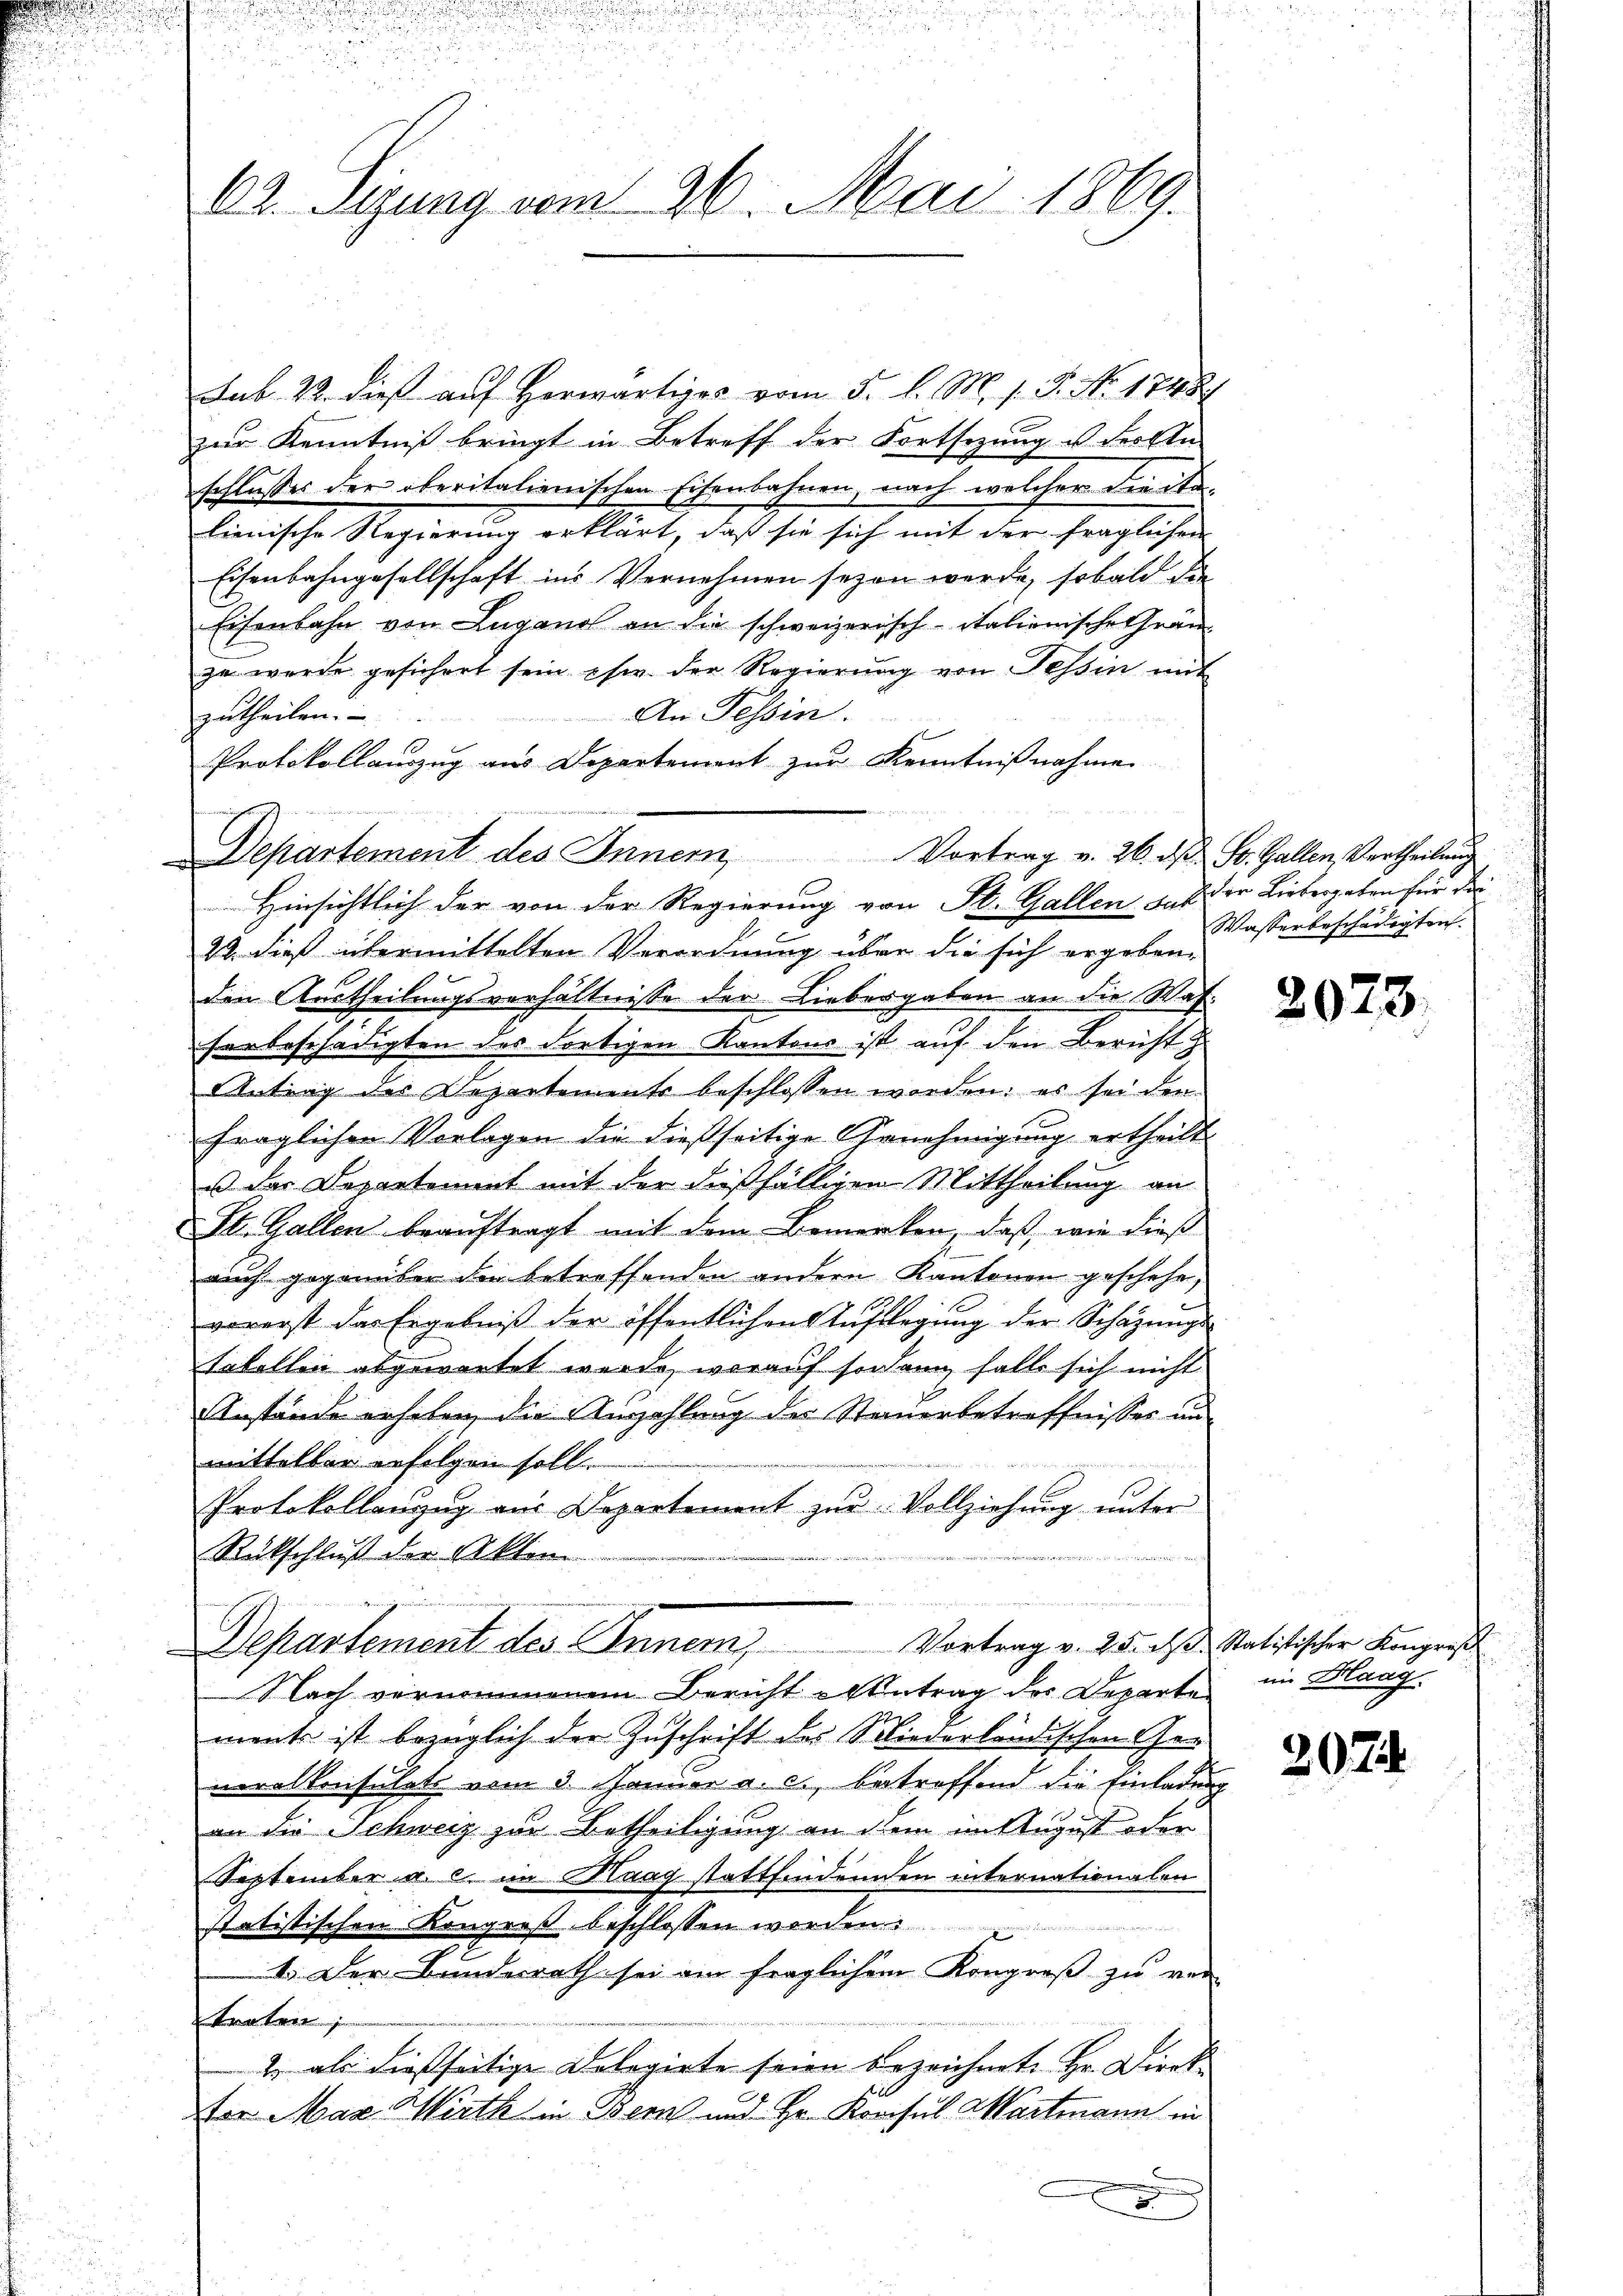
02. Sigung vom 26. Mai 1869.

Sub. 22. dieß auf Herwärtiges vom 5. l. M. s. S. No. 1748
zur Kenntniß bringt in Betreff der Fortsezung u. Fristi-
schlusser der oberitalienischen Eisenbahnen, nach welcher diente
lienische Regierung erklärt, daß sie sich mit der fraglichen
Eisenbahngesellschaft ins Vernehmen seyen werde, sobald die
Eisenbahn von Lugano an die schweizerisch-italienische Grän
zu werde gesichert sein chw. der Regierung von Tessin mit
An Tessin.
zutheilen.
Protokollauszug aus Departement zur Kenntnißnahme
22. dieß übermittelten Verordnung über die sich ergebene
den Austheilungsverhältnisse der Liebesgaben an die Wafserbeschädigten des dortigen Kantons ist auf den Bericht
Antrag des Departements beschlossen worden: es sei der
fraglichen Vorlagen die dießseitige Genehmigung ertheilt.
u der Departement mit der dießfälligen Mittheilung an
St. Gallen beauftragt mit dem Bemerken, daß, wie dieß
auch gegenüber den betreffenden andern Kantonen geschehe,
vorerst das Ergebniβ der öffentlichen Auflegung der Schazungs-
takelten abgewartet wurde, worauf sodann falls sich nicht
Anstände erheben, die Auszahlung des Steuerbetreffnisses unmittelbar erfolgen soll.
Protokollanzug aus Departement zur Vollziehung unter
Rückschluß der Akten

 Hier
Departement des Inner, Vortrag v. 25. des Ratistischer Kingens
Nach vernommenen Bericht Antrag des Departe im Haagment ist bezüglich der Zuschrift der Siederländischen Ger
neralkonsulate vom 3. Januar a. c. betreffend die Einladung
an die Schweiz zur Betheiligung an dem in August oder
September a. c. im Maag stattfindenden internationalen
statistischen Kongreß beschlossen worden.
1. Der Bunderath sei ein fraglichem Kongroß zu ver
raten
2. als dießseitige Delegirte seien bezeichnet. Hr. Direk¬
Per Mar. Wirth in Bern und Hr. Konsul Martmann in
x

Departement des Inner Vortrag v. 26. ds. St. Gallen, Vertheilung
 Hinsichtlich der von der Regierung von St. Gallen, daß der Liebergaben für die

Wasserbeschädigten.

2078.

2074.